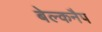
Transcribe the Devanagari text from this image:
बेल्कनैप